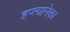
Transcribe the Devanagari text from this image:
हप्त्यानेका